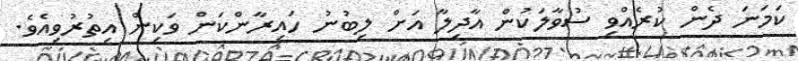
ކަމަނަ ދެން ކުރެއްވި ސުވާލަކުން އާދިލާ އަށް ލިބުނު ހައިރާންކަން ވަކިން އިތުރުވިއެވެ.